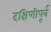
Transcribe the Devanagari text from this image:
दक्षिणीपूर्व